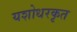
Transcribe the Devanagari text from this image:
यशोधरकृत